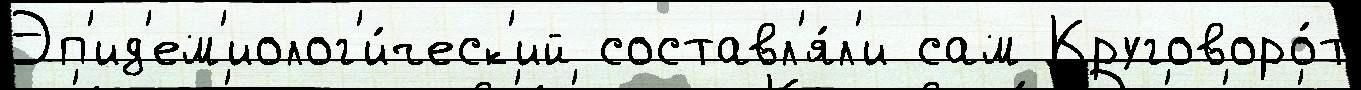
Эп'ид'ем'иолог'и́ческ'ий составл'я́л'и сам Круговоро́т